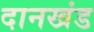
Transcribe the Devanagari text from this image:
दानखंड